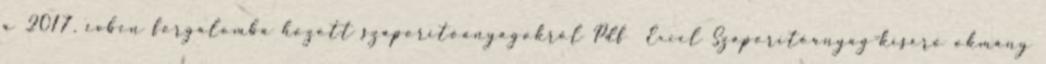
a 2017. évben forgalomba hozott szaporítóanyagokról Pdf Excel Szaporítóanyag-kísérő okmány